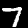
Digit: 7